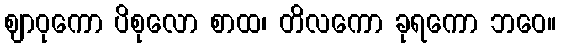
ဈာဝုကော ပိစုလော စာထ၊ တိလကော ခုရကော ဘဝေ။